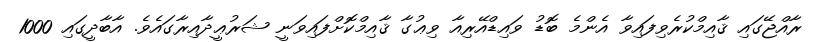
ރާއްޖޭގައި ޤާއިމްކުރެވިފައިވާ އެންމެ ބޮޑު ވައިޑްއޭރިއާ ވިޢުގާ ޤާއިމްކޮށްފައިވަނީ ޝަރުޢީދާއިރާގައެވެ. އާބާދީގައި 1000